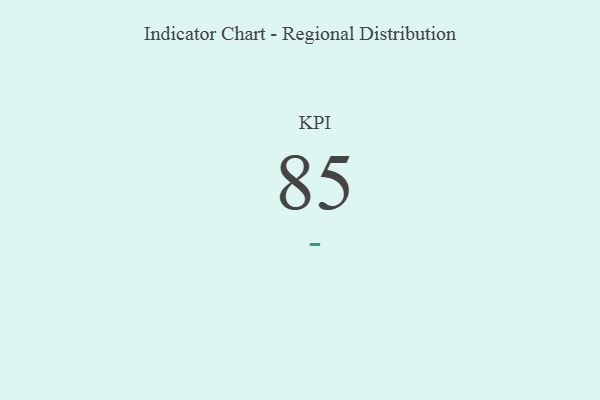
{"axis": {"x": "KPI", "y": "Value"}, "legend": [""], "data": [{"x": "KPI", "y": 85, "type": ""}]}